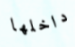
داخلها